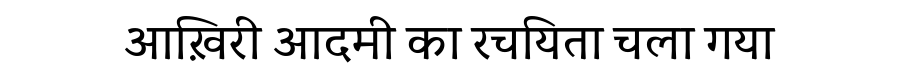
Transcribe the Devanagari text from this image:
आख़िरी आदमी का रचयिता चला गया